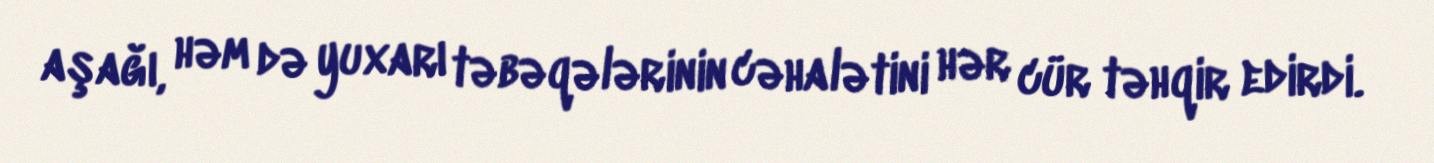
aşağı, həm də yuxarı təbəqələrinin cəhalətini hər cür təhqir edirdi.